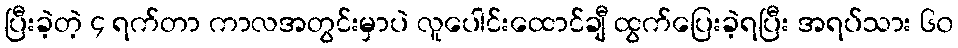
ပြီးခဲ့တဲ့ ၄ ရက်တာ ကာလအတွင်းမှာပဲ လူပေါင်းထောင်ချီ ထွက်ပြေးခဲ့ရပြီး အရပ်သား ၆၀